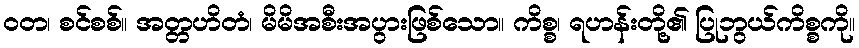
ဝတ၊ စင်စစ်။ အတ္တဟိတံ၊ မိမိအစီးအပွားဖြစ်သော။ ကိစ္စ၊ ရဟန်းတို့၏ ပြုဘွယ်ကိစ္စကို။